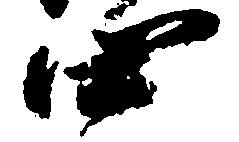
四